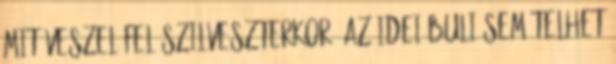
mit veszel fel szilveszterkor? Az idei buli sem telhet